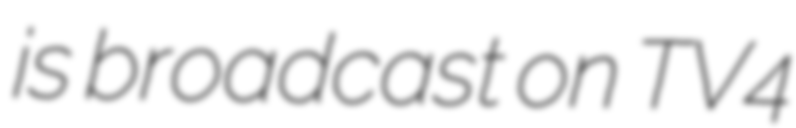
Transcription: is broadcast on TV4